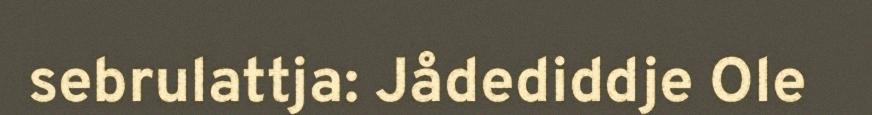
sebrulattja: Jådediddje Ole